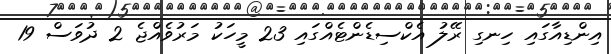
އިންޑިއާގައި ހިނގި ރޭލު އެކްސިޑެންޓެއްގައި 23 މީހަކު މަރުވެއްޖެ 2 ދުވަސް 19